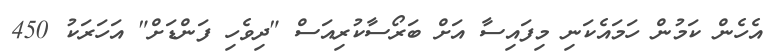
އެހެން ކަމުން ހަމައެކަނި މިފައިސާ އަށް ބަރޯސާކުރިއަސް "ދިވެހި ފަންޑަށް" އަހަރަކު 450